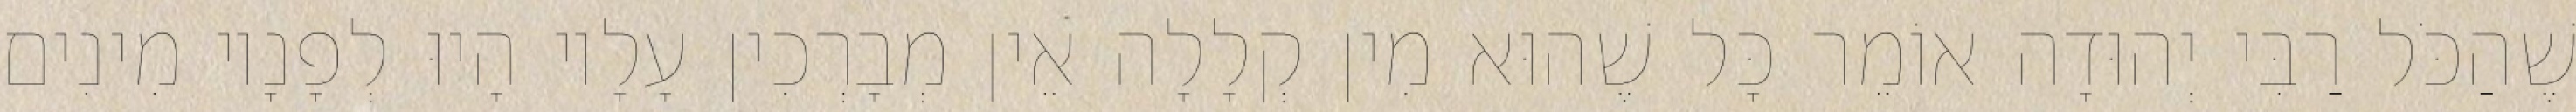
שֶׁהַכֹּל רַבִּי יְהוּדָה אוֹמֵר כָּל שֶׁהוּא מִין קְלָלָה אֵין מְבָרְכִין עָלָיו הָיוּ לְפָנָיו מִינִים